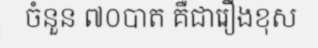
ចំនួន ៧០បាត គឺជារឿងខុស